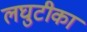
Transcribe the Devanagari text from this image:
लघुटीका